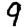
Digit: 9